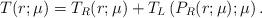
LaTeX: \begin{align*}T(r;\mu) = T_R(r;\mu) + T_L \left( P_R(r;\mu); \mu \right).\end{align*}